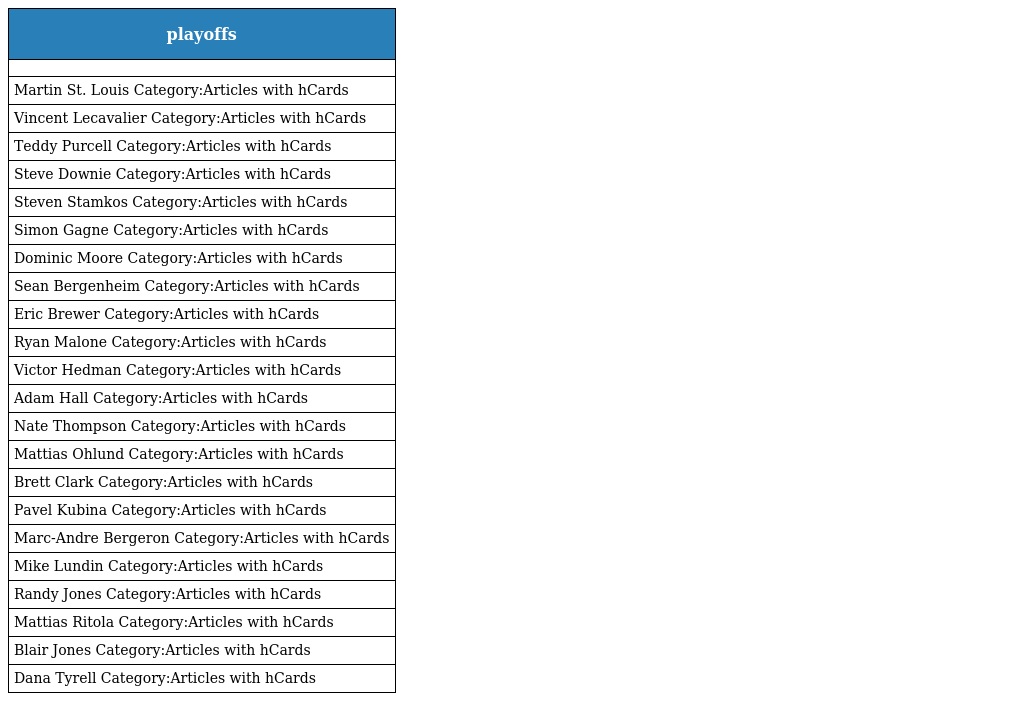
| playoffs |
 | --- |
 |  |
 | Martin St. Louis Category:Articles with hCards |
 | Vincent Lecavalier Category:Articles with hCards |
 | Teddy Purcell Category:Articles with hCards |
 | Steve Downie Category:Articles with hCards |
 | Steven Stamkos Category:Articles with hCards |
 | Simon Gagne Category:Articles with hCards |
 | Dominic Moore Category:Articles with hCards |
 | Sean Bergenheim Category:Articles with hCards |
 | Eric Brewer Category:Articles with hCards |
 | Ryan Malone Category:Articles with hCards |
 | Victor Hedman Category:Articles with hCards |
 | Adam Hall Category:Articles with hCards |
 | Nate Thompson Category:Articles with hCards |
 | Mattias Ohlund Category:Articles with hCards |
 | Brett Clark Category:Articles with hCards |
 | Pavel Kubina Category:Articles with hCards |
 | Marc-Andre Bergeron Category:Articles with hCards |
 | Mike Lundin Category:Articles with hCards |
 | Randy Jones Category:Articles with hCards |
 | Mattias Ritola Category:Articles with hCards |
 | Blair Jones Category:Articles with hCards |
 | Dana Tyrell Category:Articles with hCards |